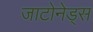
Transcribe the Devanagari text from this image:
जाटोनेड्स